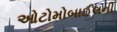
ઓટોમોબાઈલની